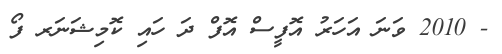
- 2010 ވަނަ އަހަރު އޮފީސް އޮފް ދަ ހައި ކޮމިޝަނަރ ފޯ